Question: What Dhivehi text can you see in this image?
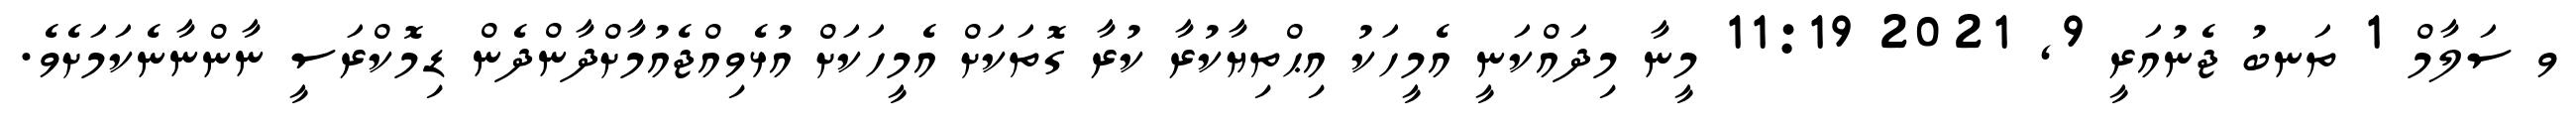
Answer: ވ ސަލާމް 1 ތަނބު ޖެނުއަރީ 9, 2021 11:19 މީނާ މިދައްކަނީ އެމީހަކު އިޙްތިޔާކުރާ ކުރާ ގޮތަކަށް އެމީހަކަށް އުޅެވިއްޖެއުމާށްދާންދެން ޑިމޮކްރަސީ ނާންނާނެކަމަށެވެ.